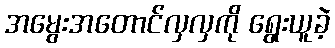
အမွေးအတောင်လှလှကို ရွေးယူခဲ့